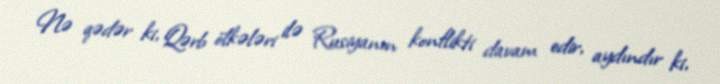
Nə qədər ki, Qərb ölkələri ilə Rusiyanın konflikti davam edir, aydındır ki,